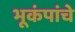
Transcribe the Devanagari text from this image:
भूकंपांचे